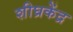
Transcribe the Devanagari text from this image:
शीघ्रकेंद्र